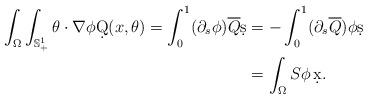
LaTeX: \begin{align*} \int_\Omega \int_{\mathbb{S}_+^1} \theta\cdot\nabla\phi \d Q(x,\theta) = \int_0^1 (\partial_s\phi) \overline{Q} \d s & =- \int_0^1 (\partial_s\overline{Q}) \phi \d s \\ & = \int_\Omega S \phi\, \d x.\end{align*}